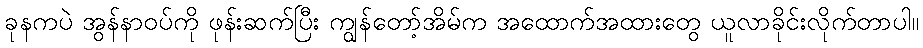
ခုနကပဲ အွန်နာဝပ်ကို ဖုန်းဆက်ပြီး ကျွန်တော့်အိမ်က အထောက်အထားတွေ ယူလာခိုင်းလိုက်တာပါ။